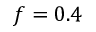
f = 0 . 4